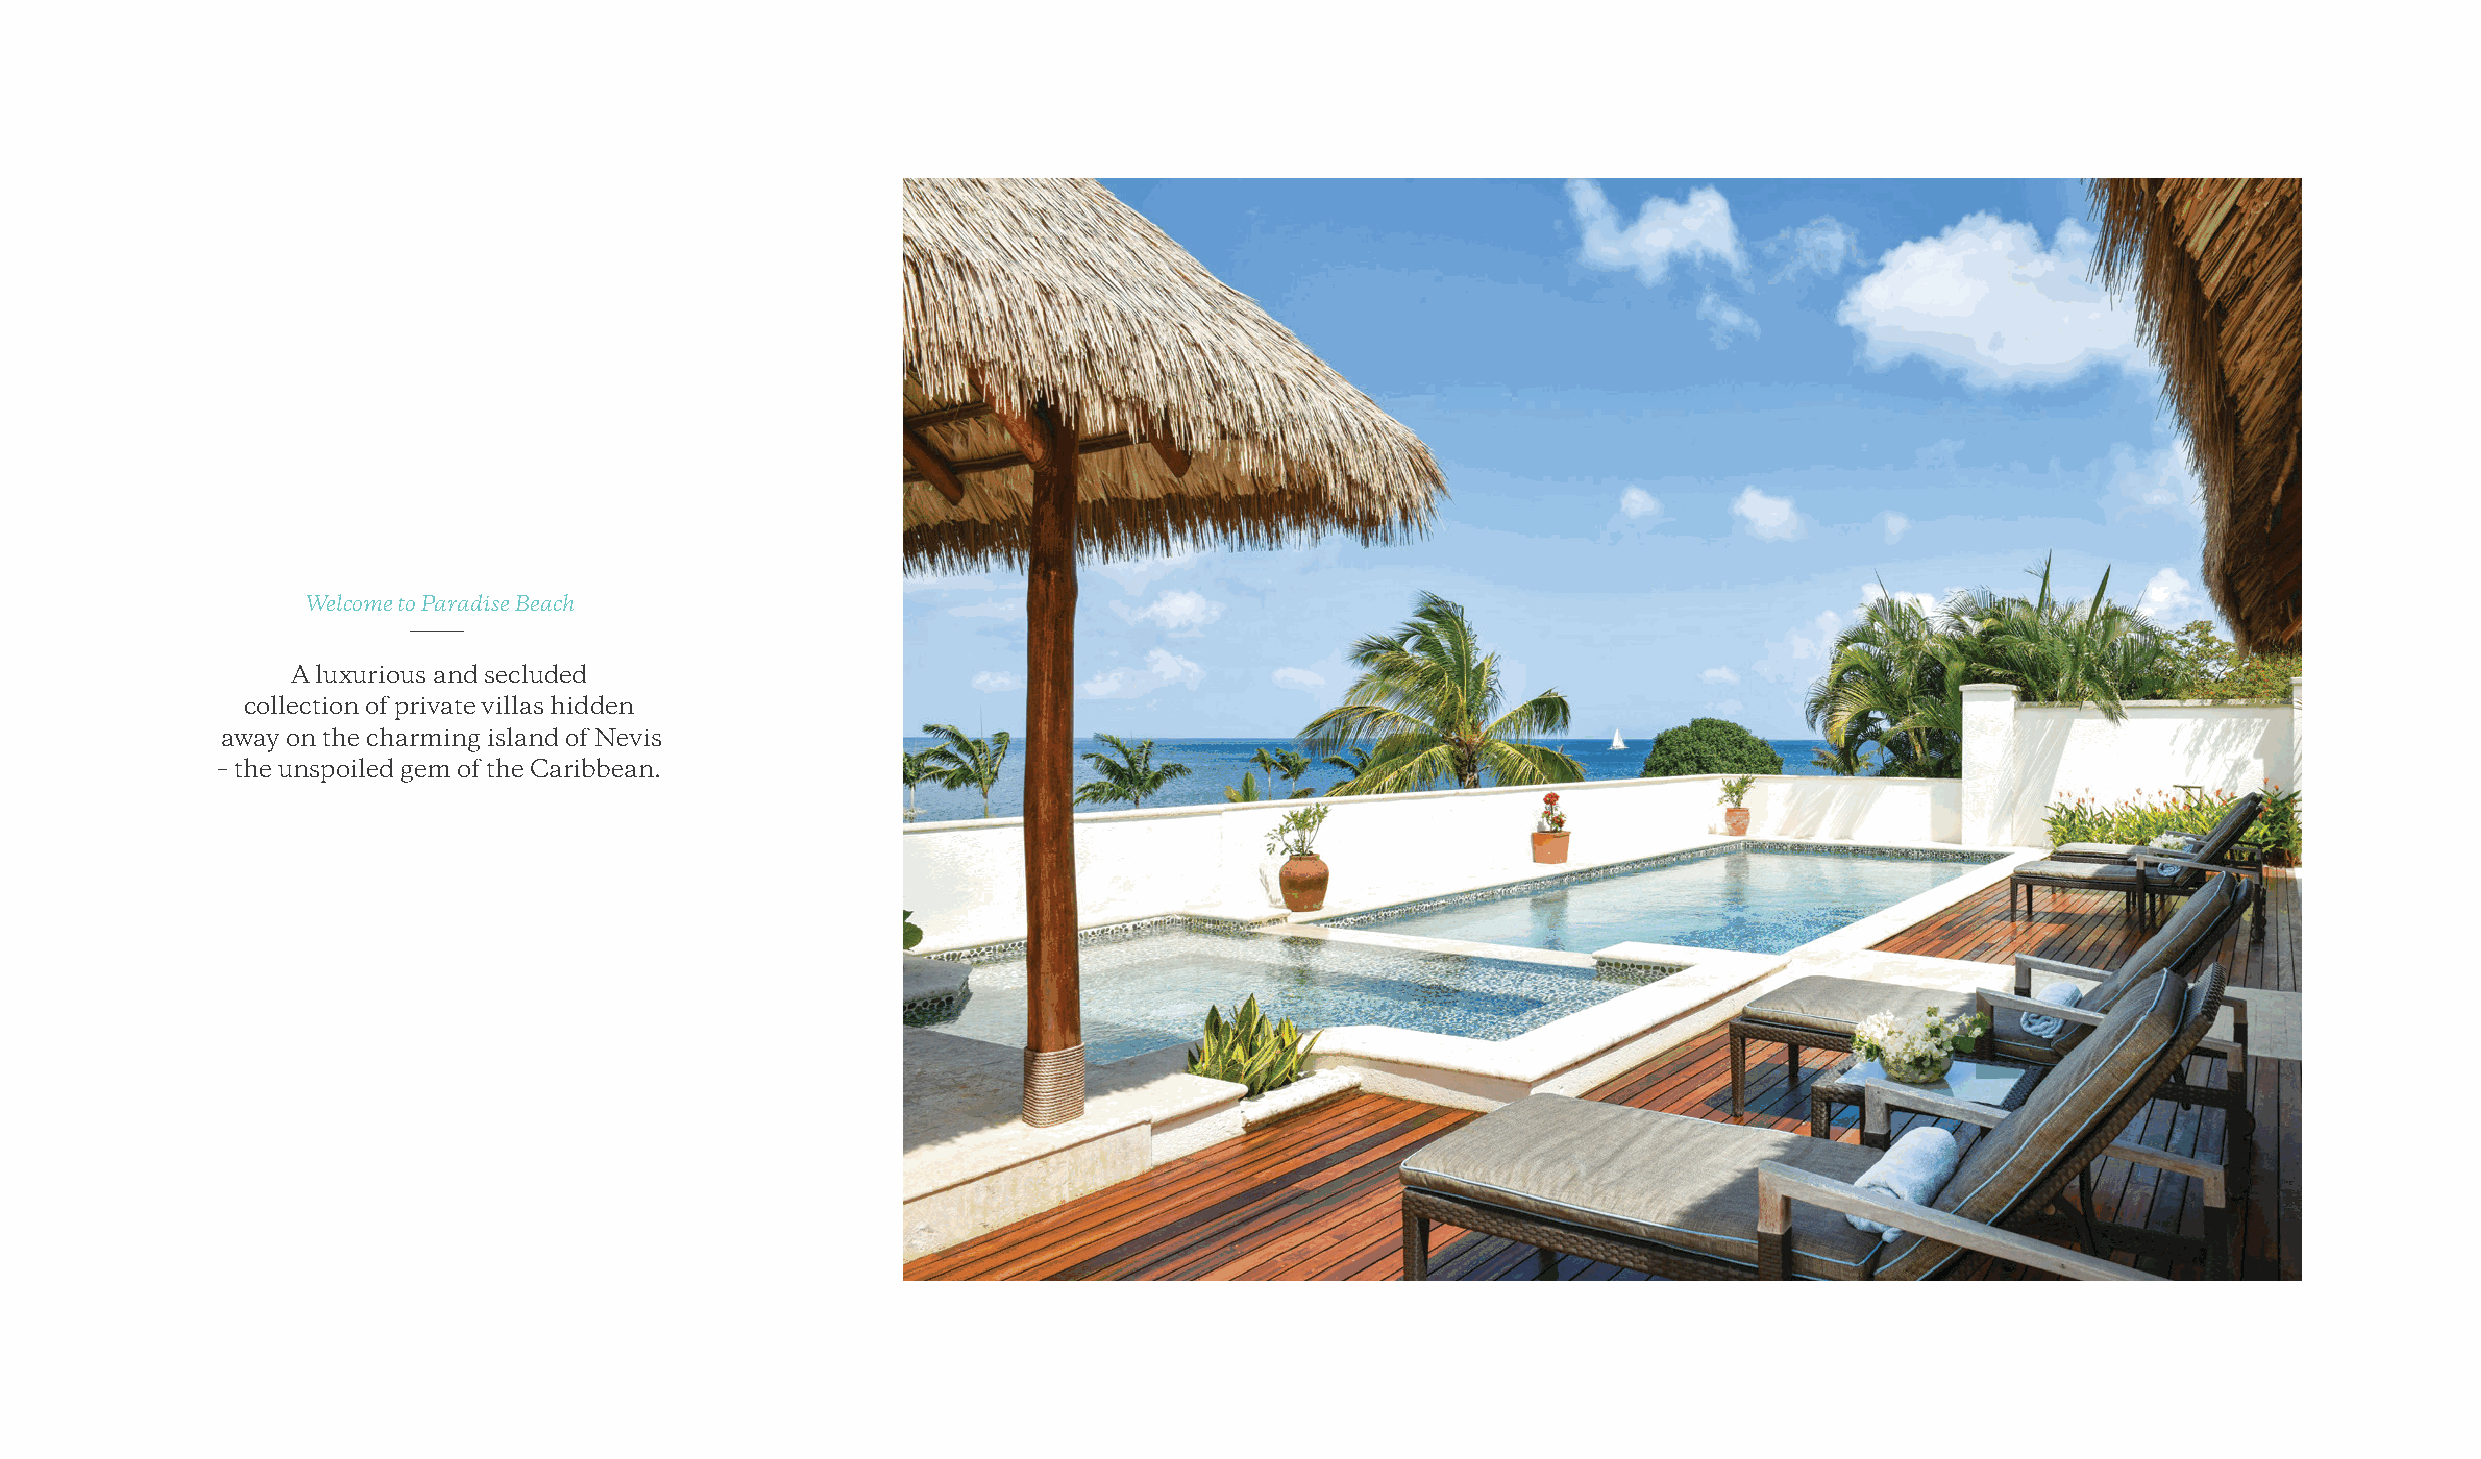
Welcome to Paradise Beach
 A luxurious and secluded
 collection of private villas hidden
 away on the charming island of Nevis
 – the unspoiled gem of the Caribbean.